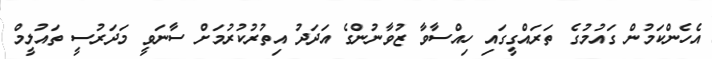
އެހެންކަމުން ގައުމުގެ ތަރައްގީގައި ހިއްސާވާ ޒުވާނުންގެ އަދަދު އިތުރުކުރުމަށް ސާނަވީ މަދަރުސީ ތައުލީމް